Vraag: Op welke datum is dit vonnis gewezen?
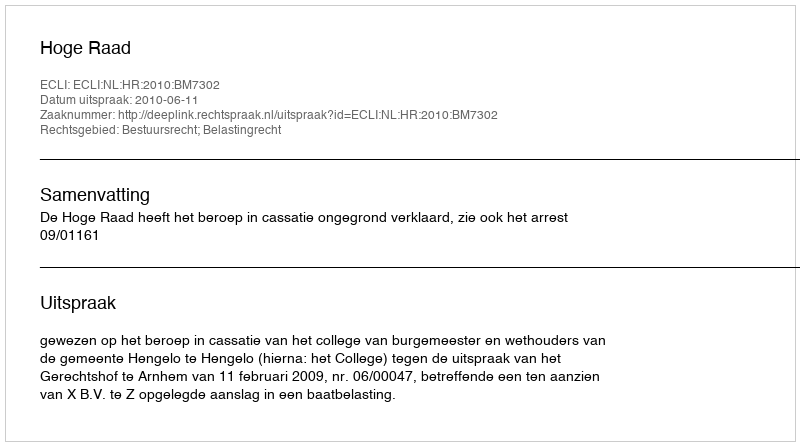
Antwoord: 2010-06-11